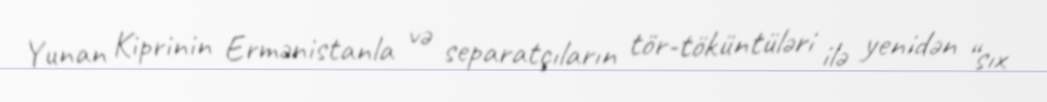
Yunan Kiprinin Ermənistanla və separatçıların tör-töküntüləri ilə yenidən “sıx